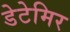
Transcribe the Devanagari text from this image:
डेटेमिर